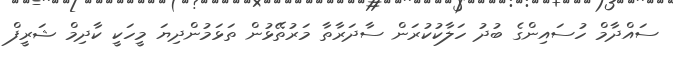
ސައްދާމް ހުސައިންގެ ބުދު ހަލާކުކުރަން ސާދަރާތާ މަރުތޭޅުން ތަޅަމުންދިޔަ މީހަކީ ކާދިމް ޝަރީފް